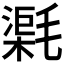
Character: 𣯸